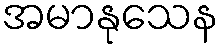
အမာနုသေန